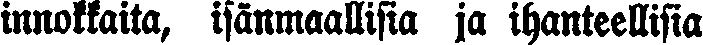
innokkaita, isänmaallisia ja ihanteellisia